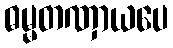
ဓမ္မတဏှာယပေ